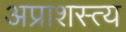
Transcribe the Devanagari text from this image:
अप्राशस्त्य